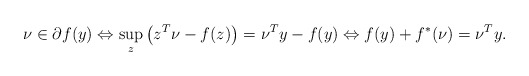
\begin{align*}\nu \in \partial f(y) \Leftrightarrow \sup_z\left(z^T\nu - f(z) \right) = \nu^Ty - f(y) \Leftrightarrow f(y) + f^*(\nu) = \nu^Ty.\end{align*}